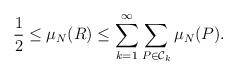
LaTeX: \begin{align*} \frac{1}{2} \leq \mu_N(R) \leq \sum_{k=1}^\infty \sum_{P\in \mathcal{C}_k} \mu_N(P). \end{align*}